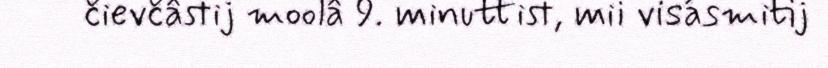
čievčâstij moolâ 9. minuttist, mii visásmitij